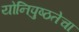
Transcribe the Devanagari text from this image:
योनिपुष्ठतेचा